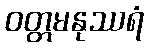
ဝတ္တမနုဿရံ